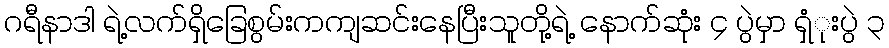
ဂရီနာဒါ ရဲ့လက်ရှိခြေစွမ်းကကျဆင်းနေပြီးသူတို့ရဲ့ နောက်ဆုံး ၄ ပွဲမှာ ရှံုးပွဲ ၃